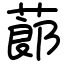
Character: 蓈